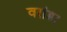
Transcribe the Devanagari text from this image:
वरांडा